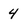
Character: 4